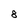
Character: 8